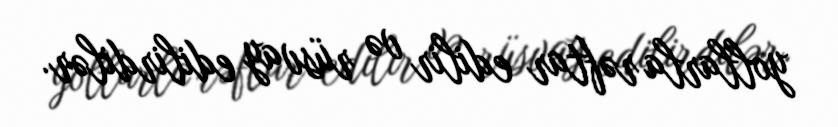
yollarla rəftar edilir və rüsvay edilirdilər.